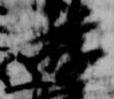
遊